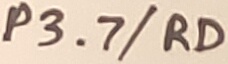
Text: P3.7/RD